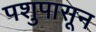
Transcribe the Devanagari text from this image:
पशुपासून